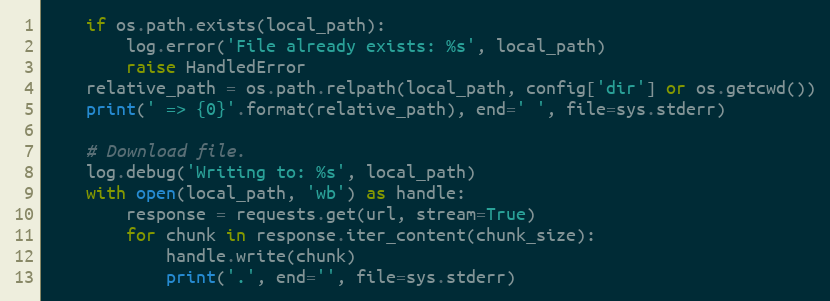
Language: Python
    if os.path.exists(local_path):
        log.error('File already exists: %s', local_path)
        raise HandledError
    relative_path = os.path.relpath(local_path, config['dir'] or os.getcwd())
    print(' => {0}'.format(relative_path), end=' ', file=sys.stderr)

    # Download file.
    log.debug('Writing to: %s', local_path)
    with open(local_path, 'wb') as handle:
        response = requests.get(url, stream=True)
        for chunk in response.iter_content(chunk_size):
            handle.write(chunk)
            print('.', end='', file=sys.stderr)